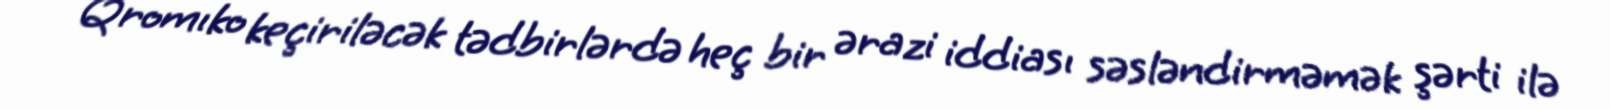
Qromıko keçiriləcək tədbirlərdə heç bir ərazi iddiası səsləndirməmək şərti ilə